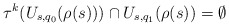
\begin{align*}\tau^{k}(U_{s,q_0}(\rho(s)))\cap U_{s,q_1}(\rho(s))= \emptyset\end{align*}